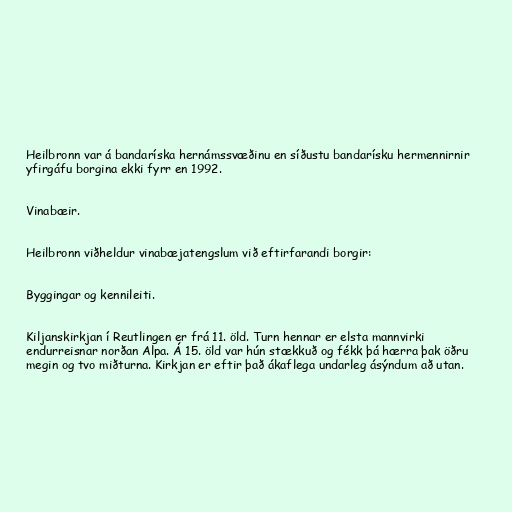
Heilbronn var á bandaríska hernámssvæðinu en síðustu bandarísku hermennirnir
yfirgáfu borgina ekki fyrr en 1992.

Vinabæir.

Heilbronn viðheldur vinabæjatengslum við eftirfarandi borgir:

Byggingar og kennileiti.

Kiljanskirkjan í Reutlingen er frá 11. öld. Turn hennar er elsta mannvirki
endurreisnar norðan Alpa. Á 15. öld var hún stækkuð og fékk þá hærra þak öðru
megin og tvo miðturna. Kirkjan er eftir það ákaflega undarleg ásýndum að utan.